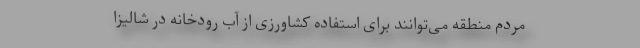
مردم منطقه می‌توانند برای استفاده کشاورزی از آب رودخانه در شالیزا